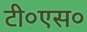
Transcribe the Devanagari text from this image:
टी०एस०